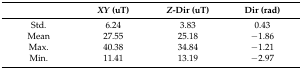
<table><thead><tr><td></td><td><b><i>XY</i> (uT)</b></td><td><b><i>Z</i>-Dir (uT)</b></td><td><b>Dir (rad)</b></td></tr></thead><tbody><tr><td>Std.</td><td>6.24</td><td>3.83</td><td>0.43</td></tr><tr><td>Mean</td><td>27.55</td><td>25.18</td><td>−1.86</td></tr><tr><td>Max.</td><td>40.38</td><td>34.84</td><td>−1.21</td></tr><tr><td>Min.</td><td>11.41</td><td>13.19</td><td>−2.97</td></tr></tbody></table>